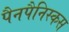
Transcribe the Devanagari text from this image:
पैनपैनिस्कस